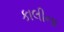
કાલીના